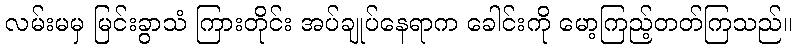
လမ်းမမှ မြင်းခွာသံ ကြားတိုင်း အပ်ချုပ်နေရာက ခေါင်းကို မော့ကြည့်တတ်ကြသည်။